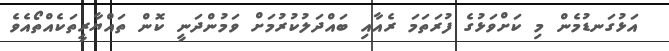
އަޅުގަނޑުމެން މި ކަށްވަޅުގެ ފުރަތަމަ ރެއާއި ބައްދަލުކުރުމަށް ވަމުންދަނީ ކޮން ތައްޔާރީތަކެއްތޯއެވެ